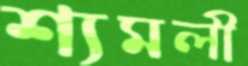
শ্যমলী